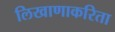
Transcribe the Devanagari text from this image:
लिखाणाकरिता